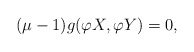
\begin{align*}(\mu-1)g(\varphi X,\varphi Y)=0,\end{align*}